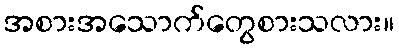
အစားအသောက်တွေစားသလား။